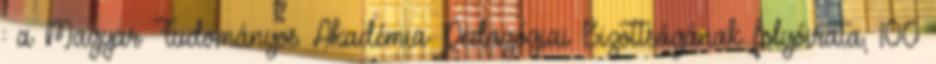
: a Magyar Tudományos Akadémia Pedagógiai Bizottságának folyóirata, 100